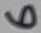
Text: 6